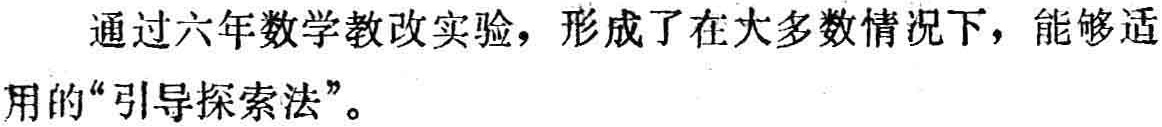
通过六年数学教改实验，形成了在大多数情况下，能够适用的“引导探索法”。